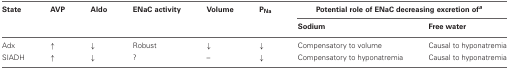
| State | AVP | Aldo | ENaC activity | Volume | PNa | <COLSPAN=2> Potential role of ENaC decreasing excretion ofa |
 |  |  |  |  |  |  | Sodium | Free water |
 | --- | --- | --- | --- | --- | --- | --- | --- |
 | Adx | ↑ | ↓ | Robust | ↓ | ↓ | Compensatory to volume | Causal to hyponatremia |
 | SIADH | ↑ | ↓ | ? | – | ↓ | Compensatory to hyponatremia | Causal to hyponatremia |